Source: Computer-generated
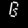
Digit: ၆ (6)